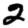
Digit: 2